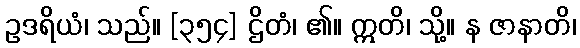
ဥဒရိယံ၊ သည်။ [၃၅၄] ဌိတံ၊ ၏။ ဣတိ၊ သို့။ န ဇာနာတိ၊